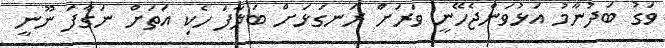
ވަގު ބަދުނާމު އަޅުވަންޖެހޭނީ ވަރަށް ރަނގަޅަށް ބަލާފަ ހެކި އަތަށް ނަގާފަ ނޫނީ